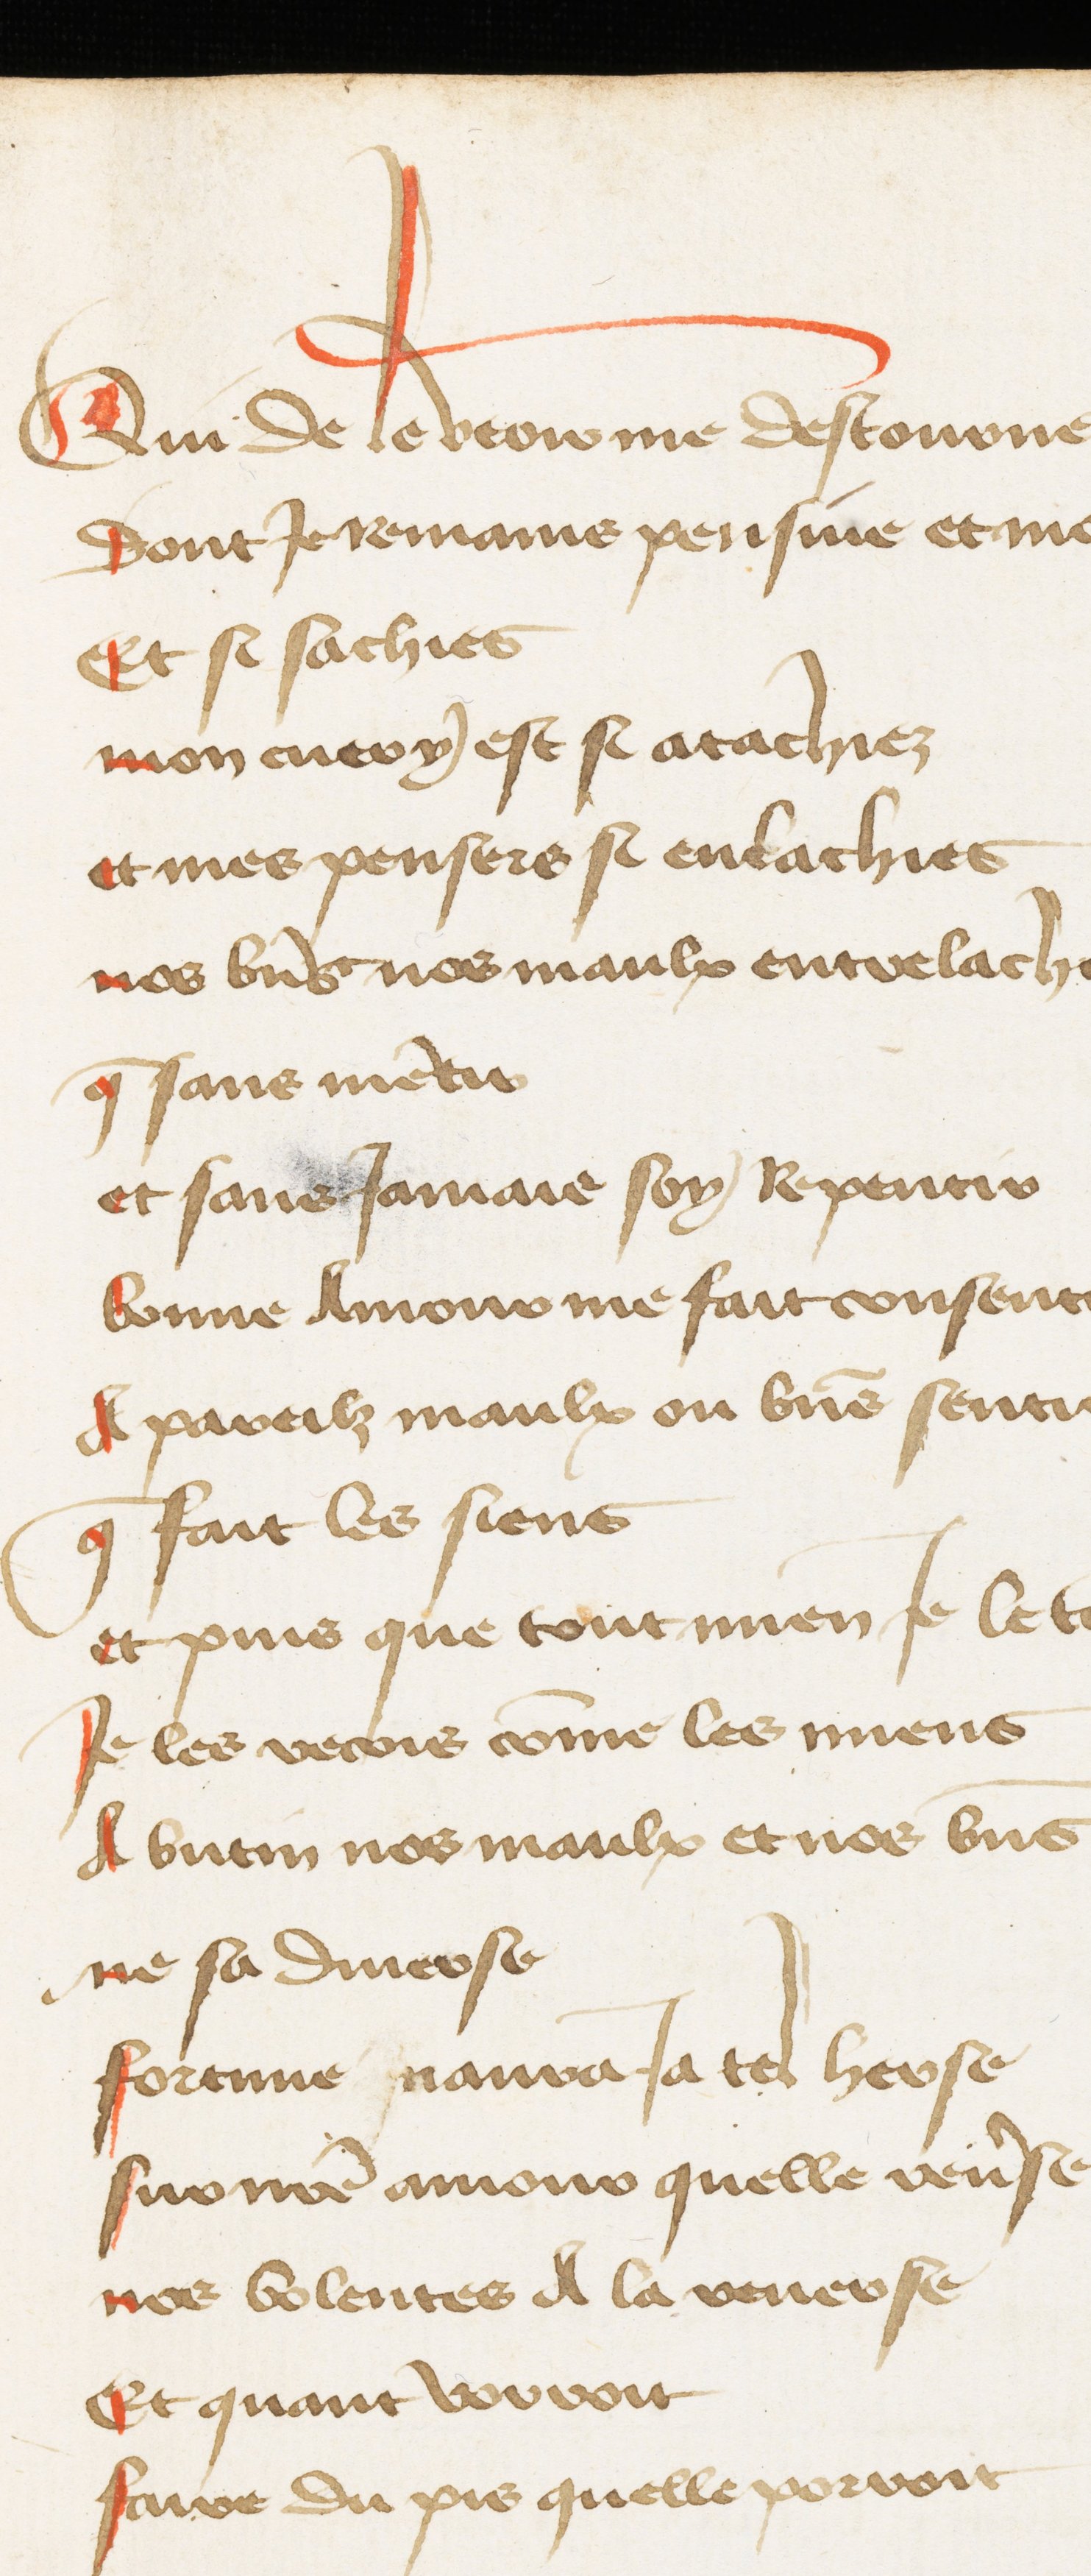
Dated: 1400–1449